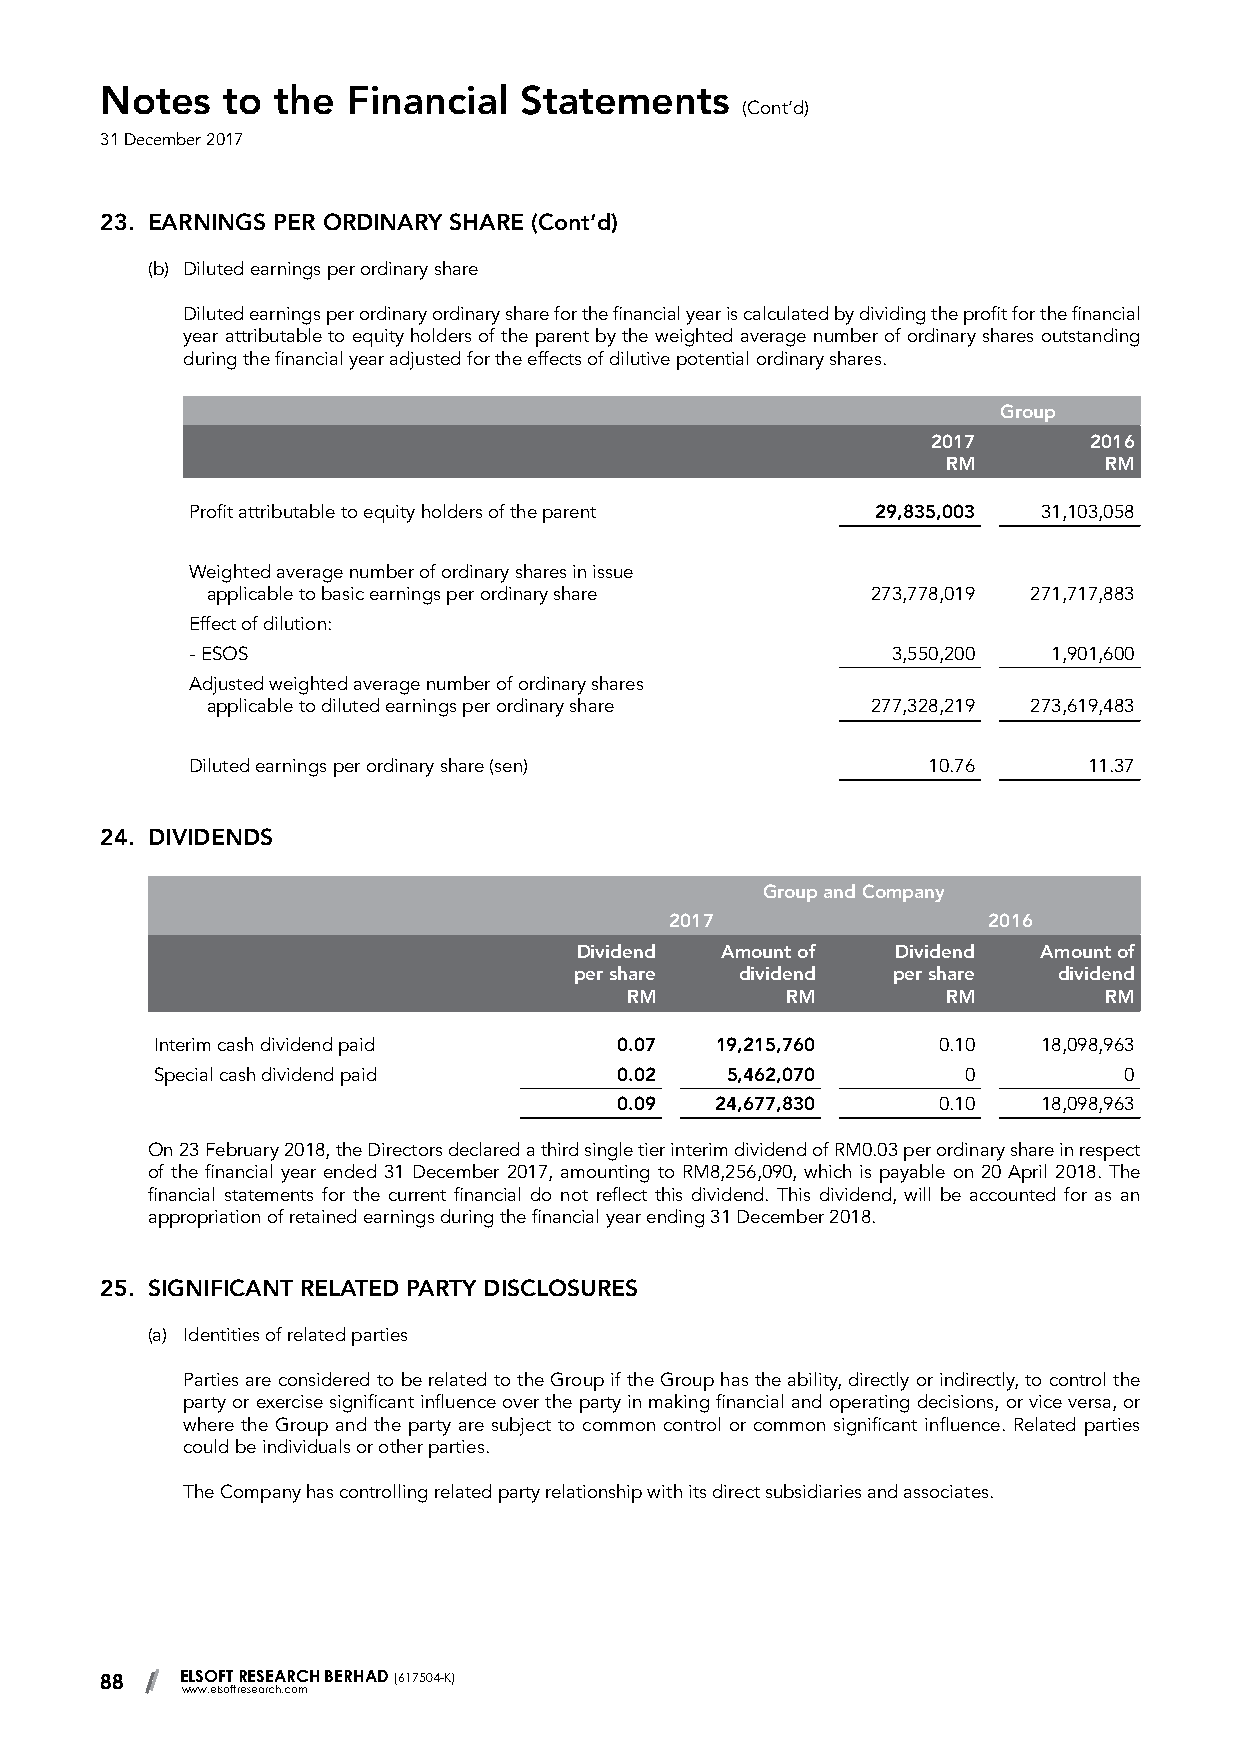
Notes   to the  Financial  Statements
 (Cont’d)
 31 December 2017
 23. EARNINGS PER ORDINARY SHARE (Cont’d)
 (b) Diluted earnings per ordinary share
 Diluted earnings per ordinary ordinary share for the financial year is calculated by dividing the profit for the financial
 year attributable to equity holders of the parent by the weighted average number of ordinary shares outstanding
 during the financial year adjusted for the effects of dilutive potential ordinary shares.
 Group
 2017      2016
 RM        RM
 Profit attributable to equity holders of the parent 29,835,003 31,103,058
 Weighted average number of ordinary shares in issue
 applicable to basic earnings per ordinary share 273,778,019 271,717,883
 Effect of dilution:
 - ESOS                                        3,550,200  1,901,600
 Adjusted weighted average number of ordinary shares
 applicable to diluted earnings per ordinary share 277,328,219 273,619,483
 Diluted earnings per ordinary share (sen)       10.76      11.37
 24. DIVIDENDS
 Group and Company
 2017                 2016
 Dividend  Amount of  Dividend  Amount of
 per share  dividend  per share  dividend
 RM         RM         RM        RM
 Interim cash dividend paid     0.07  19,215,760     0.10   18,098,963
 Special cash dividend paid     0.02   5,462,070       0         0
 0.09  24,677,830     0.10   18,098,963
 On 23 February 2018, the Directors declared a third single tier interim dividend of RM0.03 per ordinary share in respect
 of the financial year ended 31 December 2017, amounting to RM8,256,090, which is payable on 20 April 2018. The
 financial statements for the current financial do not reflect this dividend. This dividend, will be accounted for as an
 appropriation of retained earnings during the financial year ending 31 December 2018.
 25. SIGNIFICANT RELATED PARTY DISCLOSURES
 (a) Identities of related parties
 Parties are considered to be related to the Group if the Group has the ability, directly or indirectly, to control the
 party or exercise significant influence over the party in making financial and operating decisions, or vice versa, or
 where the Group and the party are subject to common control or common significant influence. Related parties
 could be individuals or other parties.
 The Company has controlling related party relationship with its direct subsidiaries and associates.
 88   ELSOFT RESEARCH BERHAD (617504-K)
 www.elsoftresearch.com